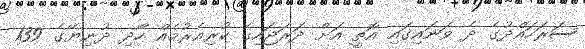
ސަރަހައްދުގެ ދެ ވަނައިގައި އޮތީ އަށް ދަރަޖައިގެ ކުރިއެރުމެއް ހޯދި ދުނިޔޭގެ 139